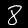
Digit: 8